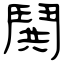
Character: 鬨